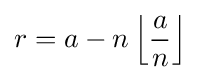
r=a-n\left\lfloor {\frac {a}{n}}\right\rfloor